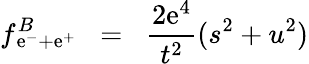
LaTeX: f^{B}\! \! \! \! _{\mathrm{e}^{-}+\mathrm{e}^{+}}\; \; =\; \; \frac{{2\mathrm{e}^{4}}}{{t^{2}}}(s^{2}+u^{2})